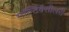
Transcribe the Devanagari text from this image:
मल्टिबैसीलरी